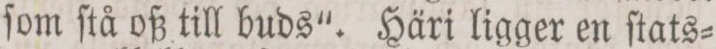
ſom ſtå oß till buds“. Häri ligger en ſtats=